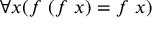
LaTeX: \forall x ( f \ ( f \ x ) = f \ x )